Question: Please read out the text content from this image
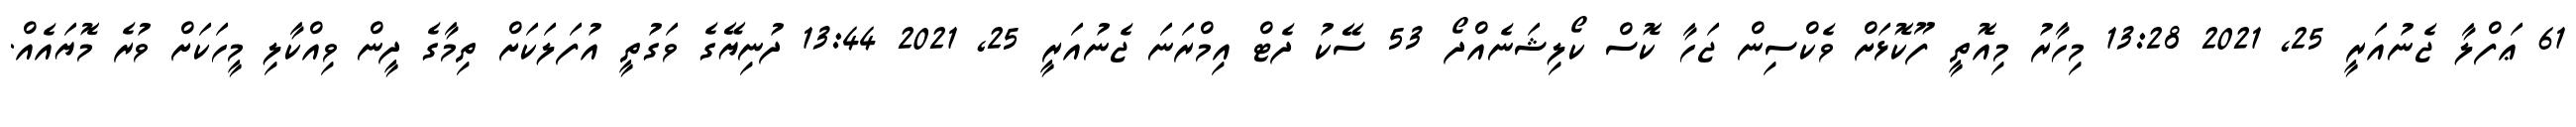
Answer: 61 ޢަފްލާ ޖެނުއަރީ 25, 2021 13:28 މިހާރު މިއޮތީ ފޫކޮޅަށް ވެކްސިން ޖަހާ ކޮސް ކޯލިޝަނެއްދޯ 53 ސޭކު ދެޓް އިމްރަނަ ޖެނުއަރީ 25, 2021 13:44 ދުނިޔޭގެ ވަގުތީ އުފަލަކަށް ތިމާގެ ދީން ވިއްކާލި މީހަކަށް ވުރެ މޮޔައެއް.